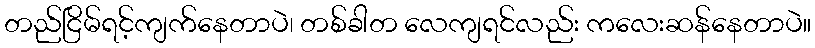
တည်ငြိမ်ရင့်ကျက်နေတာပဲ၊ တစ်ခါတ လေကျရင်လည်း ကလေးဆန်နေတာပဲ။